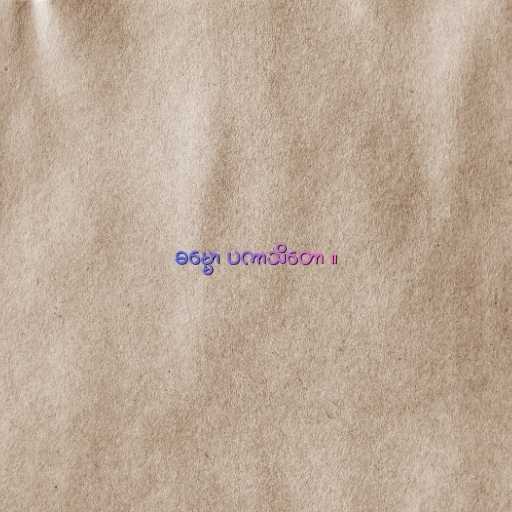
ဓမ္မော ပကာသိတော ။